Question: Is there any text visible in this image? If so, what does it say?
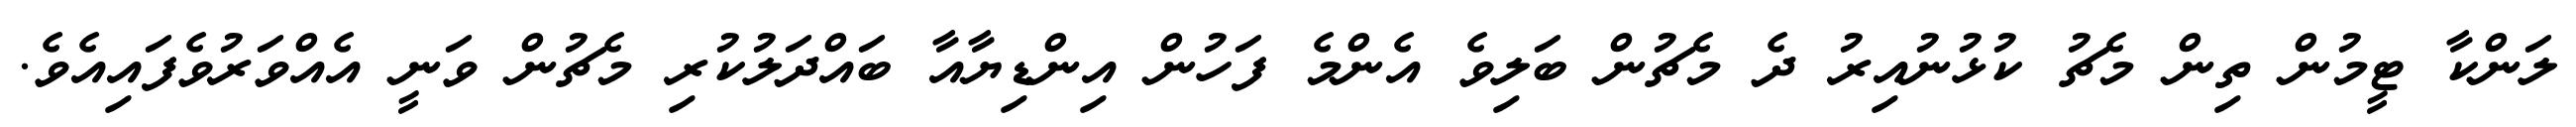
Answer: ލަންކާ ޓީމުން ތިން މެޗު ކުޅުނުއިރު ދެ މެޗުން ބަލިވެ އެންމެ ފަހުން އިންޑިޔާއާ ބައްދަލުކުރި މެޗުން ވަނީ އެއްވަރުވެފައިއެވެ.